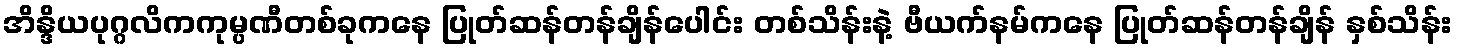
အိန္ဒိယပုဂ္ဂလိကကုမ္ပဏီတစ်ခုကနေ ပြုတ်ဆန်တန်ချိန်ပေါင်း တစ်သိန်းနဲ့ ဗီယက်နမ်ကနေ ပြုတ်ဆန်တန်ချိန် နှစ်သိန်း